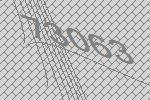
73063